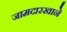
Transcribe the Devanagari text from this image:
जामदारखाने